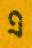
এ